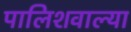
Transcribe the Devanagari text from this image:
पालिशवाल्या